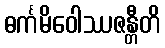
ဓင်္ကမိဝေါဿဇန္တီတိ